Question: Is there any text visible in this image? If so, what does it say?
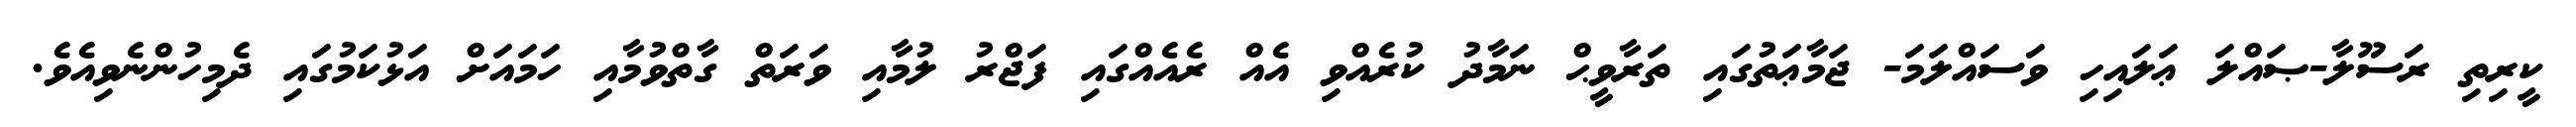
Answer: ކީރިތި ރަސޫލާ-ޞައްލަ ޢަލައިހި ވަސައްލަމަ- ޖަމާޢަތުގައި ތަރާވީޙް ނަމާދު ކުރެއްވި އެއް ރެއެއްގައި ފަޖްރު ލުމާއި ވަރަތް ގާތްވުމާއި ހަމައަށް އަޅުކަމުގައި ދެމިހުންނެވިއެވެ.